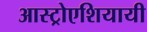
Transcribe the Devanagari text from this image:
आस्ट्रोएशियायी